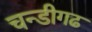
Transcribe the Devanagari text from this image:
चन्डीगढ